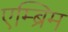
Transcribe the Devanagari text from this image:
एम्ब्रिम